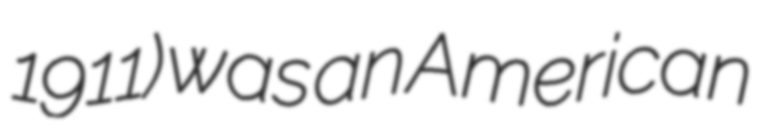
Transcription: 1911) was an American